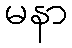
မနာ